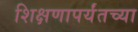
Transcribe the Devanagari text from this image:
शिक्षणापर्यंतच्या